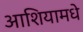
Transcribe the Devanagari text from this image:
आशियामधे